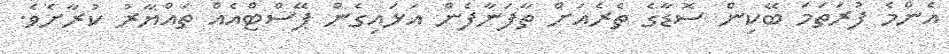
އެންމެ ފުރަތަމަ ބޭކިން ސޮޑާގެ ތެރެއަށް ތާފަނާފެން އަޅައިގެން ޕޭސްޓްއެއް ތައްޔާރު ކުރާށެވެ.